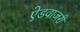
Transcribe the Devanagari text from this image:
ऐडवाजरी